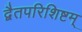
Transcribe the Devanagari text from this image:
द्वैतपरिशिष्टम्